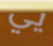
يي